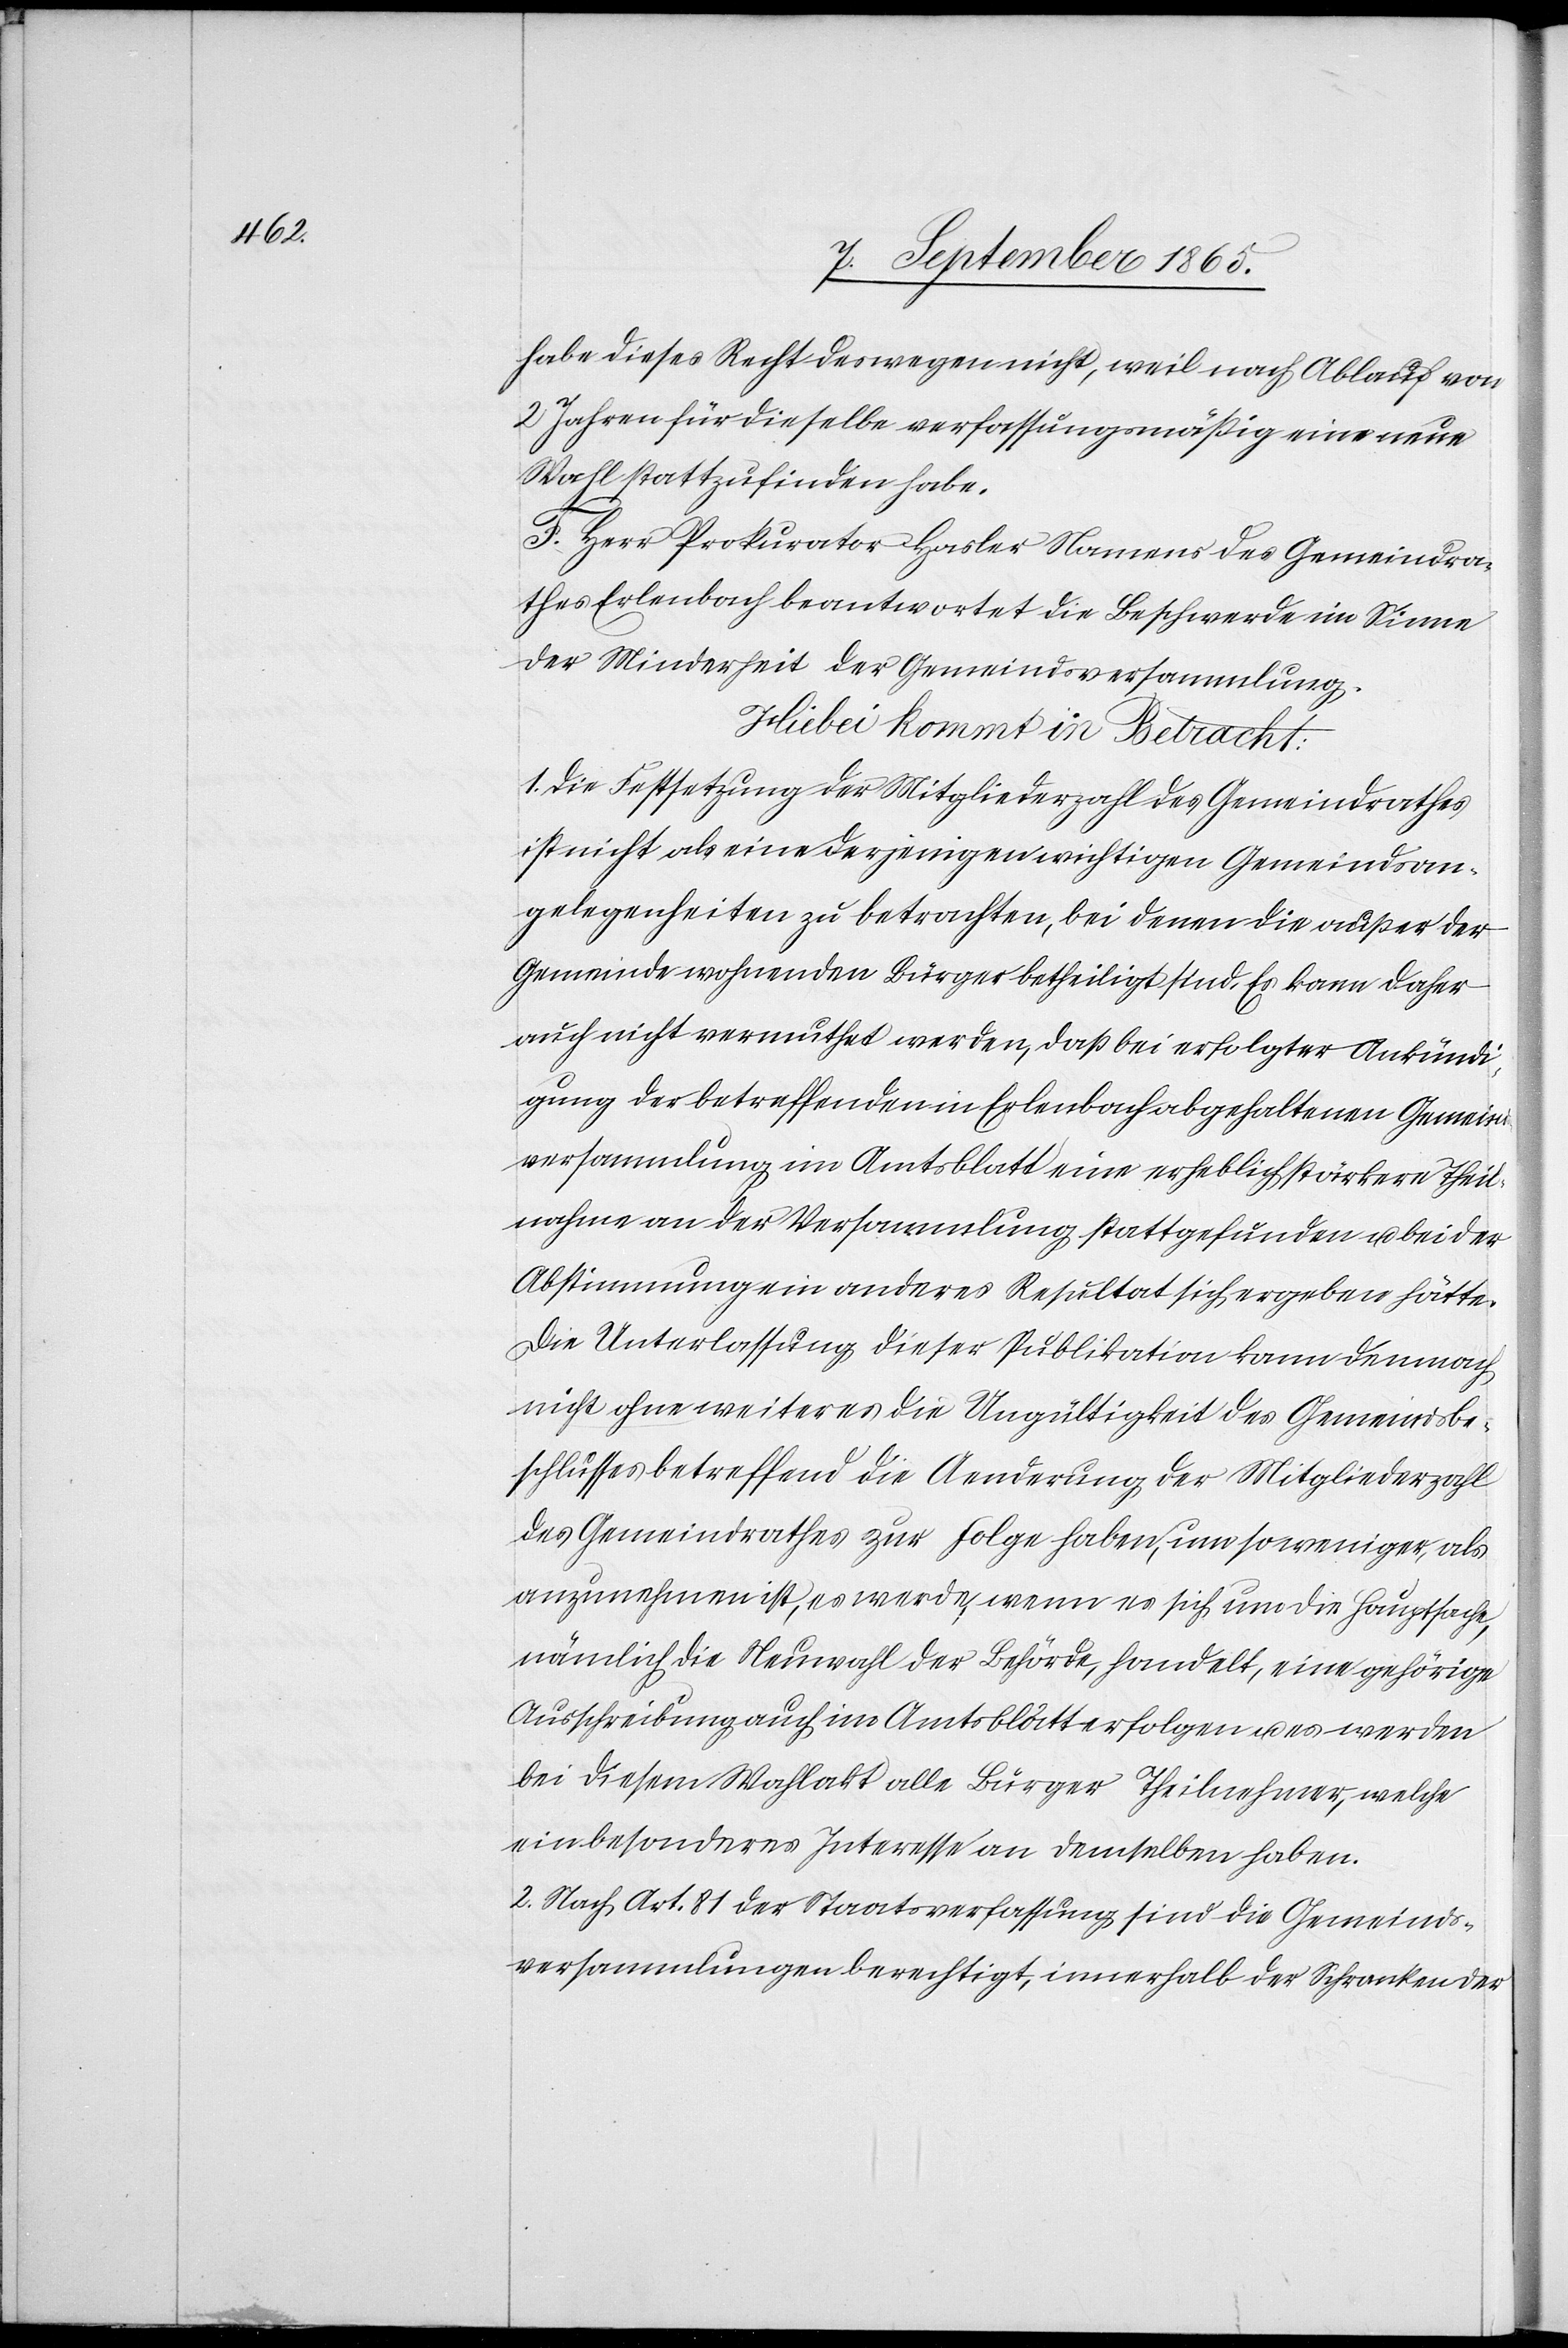
habe dieses Recht deswegen nicht, weil nach Ablauf von
2 Jahren für dieselbe verfassungsmäßig eine neue
Wahl stattzufinden habe.
F. Herr Prokurator Hasler Namens des Gemeindra¬
thes Erlenbach beantwortet die Beschwerde im Sinne
der Minderheit der Gemeindsversammlung.
Hiebei kommt in Betrachte:
1. Die Festsetzung der Mitgliederzahl des Gemeindrathes
ist nicht als eine derjenigen wichtigen Gemeindsan¬
gelegenheiten zu betrachten, bei denen die außer der
Gemeinde wohnenden Bürger betheiligt sind. Es kann daher
auch nicht vermuthet werden, daß bei erfolgter Ankündi¬
gung der betreffenden in Erlenbach abgehaltenen Gemeind¬
sversammlung im Amtsblatt eine erheblich stärkere Theil¬
nahme an der Versammlung stattgefunden u. bei der
Abstimmung ein anderes Resultat sich ergeben hätte.
Die Unterlassung dieser Publikation kann demnach
nicht ohne weiteres die Ungültigkeit des Gemeindsbe¬
schlusses betreffend die Aenderung der Mitgliederzahl
des Gemeindrathes zur Folge haben, um so weniger, als
anzunehmen ist, es werde, wenn es sich um die Hauptsache,
nämlich die Neuwahl der Behörde, handelt, eine gehörige
Ausschreibung auch im Amtsblatt erfolgen u. es werden
bei diesem Wahlakt alle Bürger Theilnehmer, welche
in besonderes Interesse an demselben haben.
2. Nach Art. 81 der Staatsverfassung sind die Gemeinds¬
versammlungen berechtigt, innerhalb der Schranken der